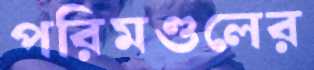
পরিমণ্ডলের